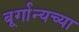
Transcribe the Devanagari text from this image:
बूर्गान्यच्या